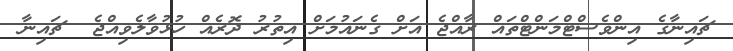
ޗައިނާގެ އިންވެސްޓްމަންޓްތައް ރާއްޖެ އަށް ގެނައުމަށް އިތުރު ދޮރެއް ހުޅުވާލެވިއްޖެ  ޗައިނާ